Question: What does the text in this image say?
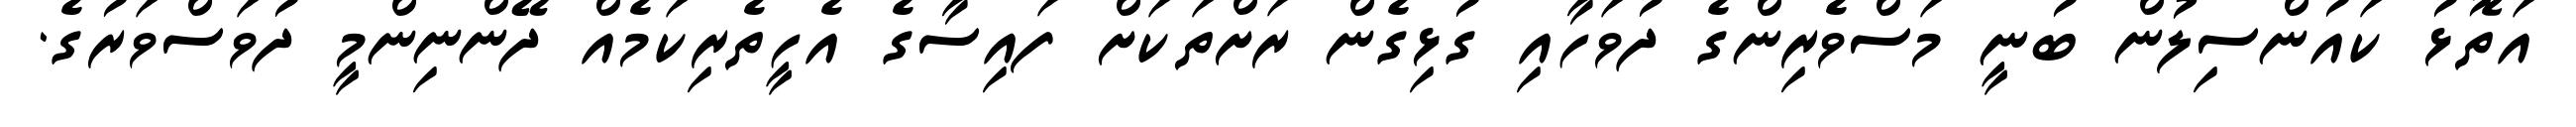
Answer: އަތޮޅު ކައުންސިލުން ބުނީ މަސްވެރިންގެ ދުވަހާއި ގުޅިގެން ރަށްތަކަށް ފައިސާގެ އެހީތެރިކަމެއް ދޭންނިންމީ ދުވަސްވަރުގެ.